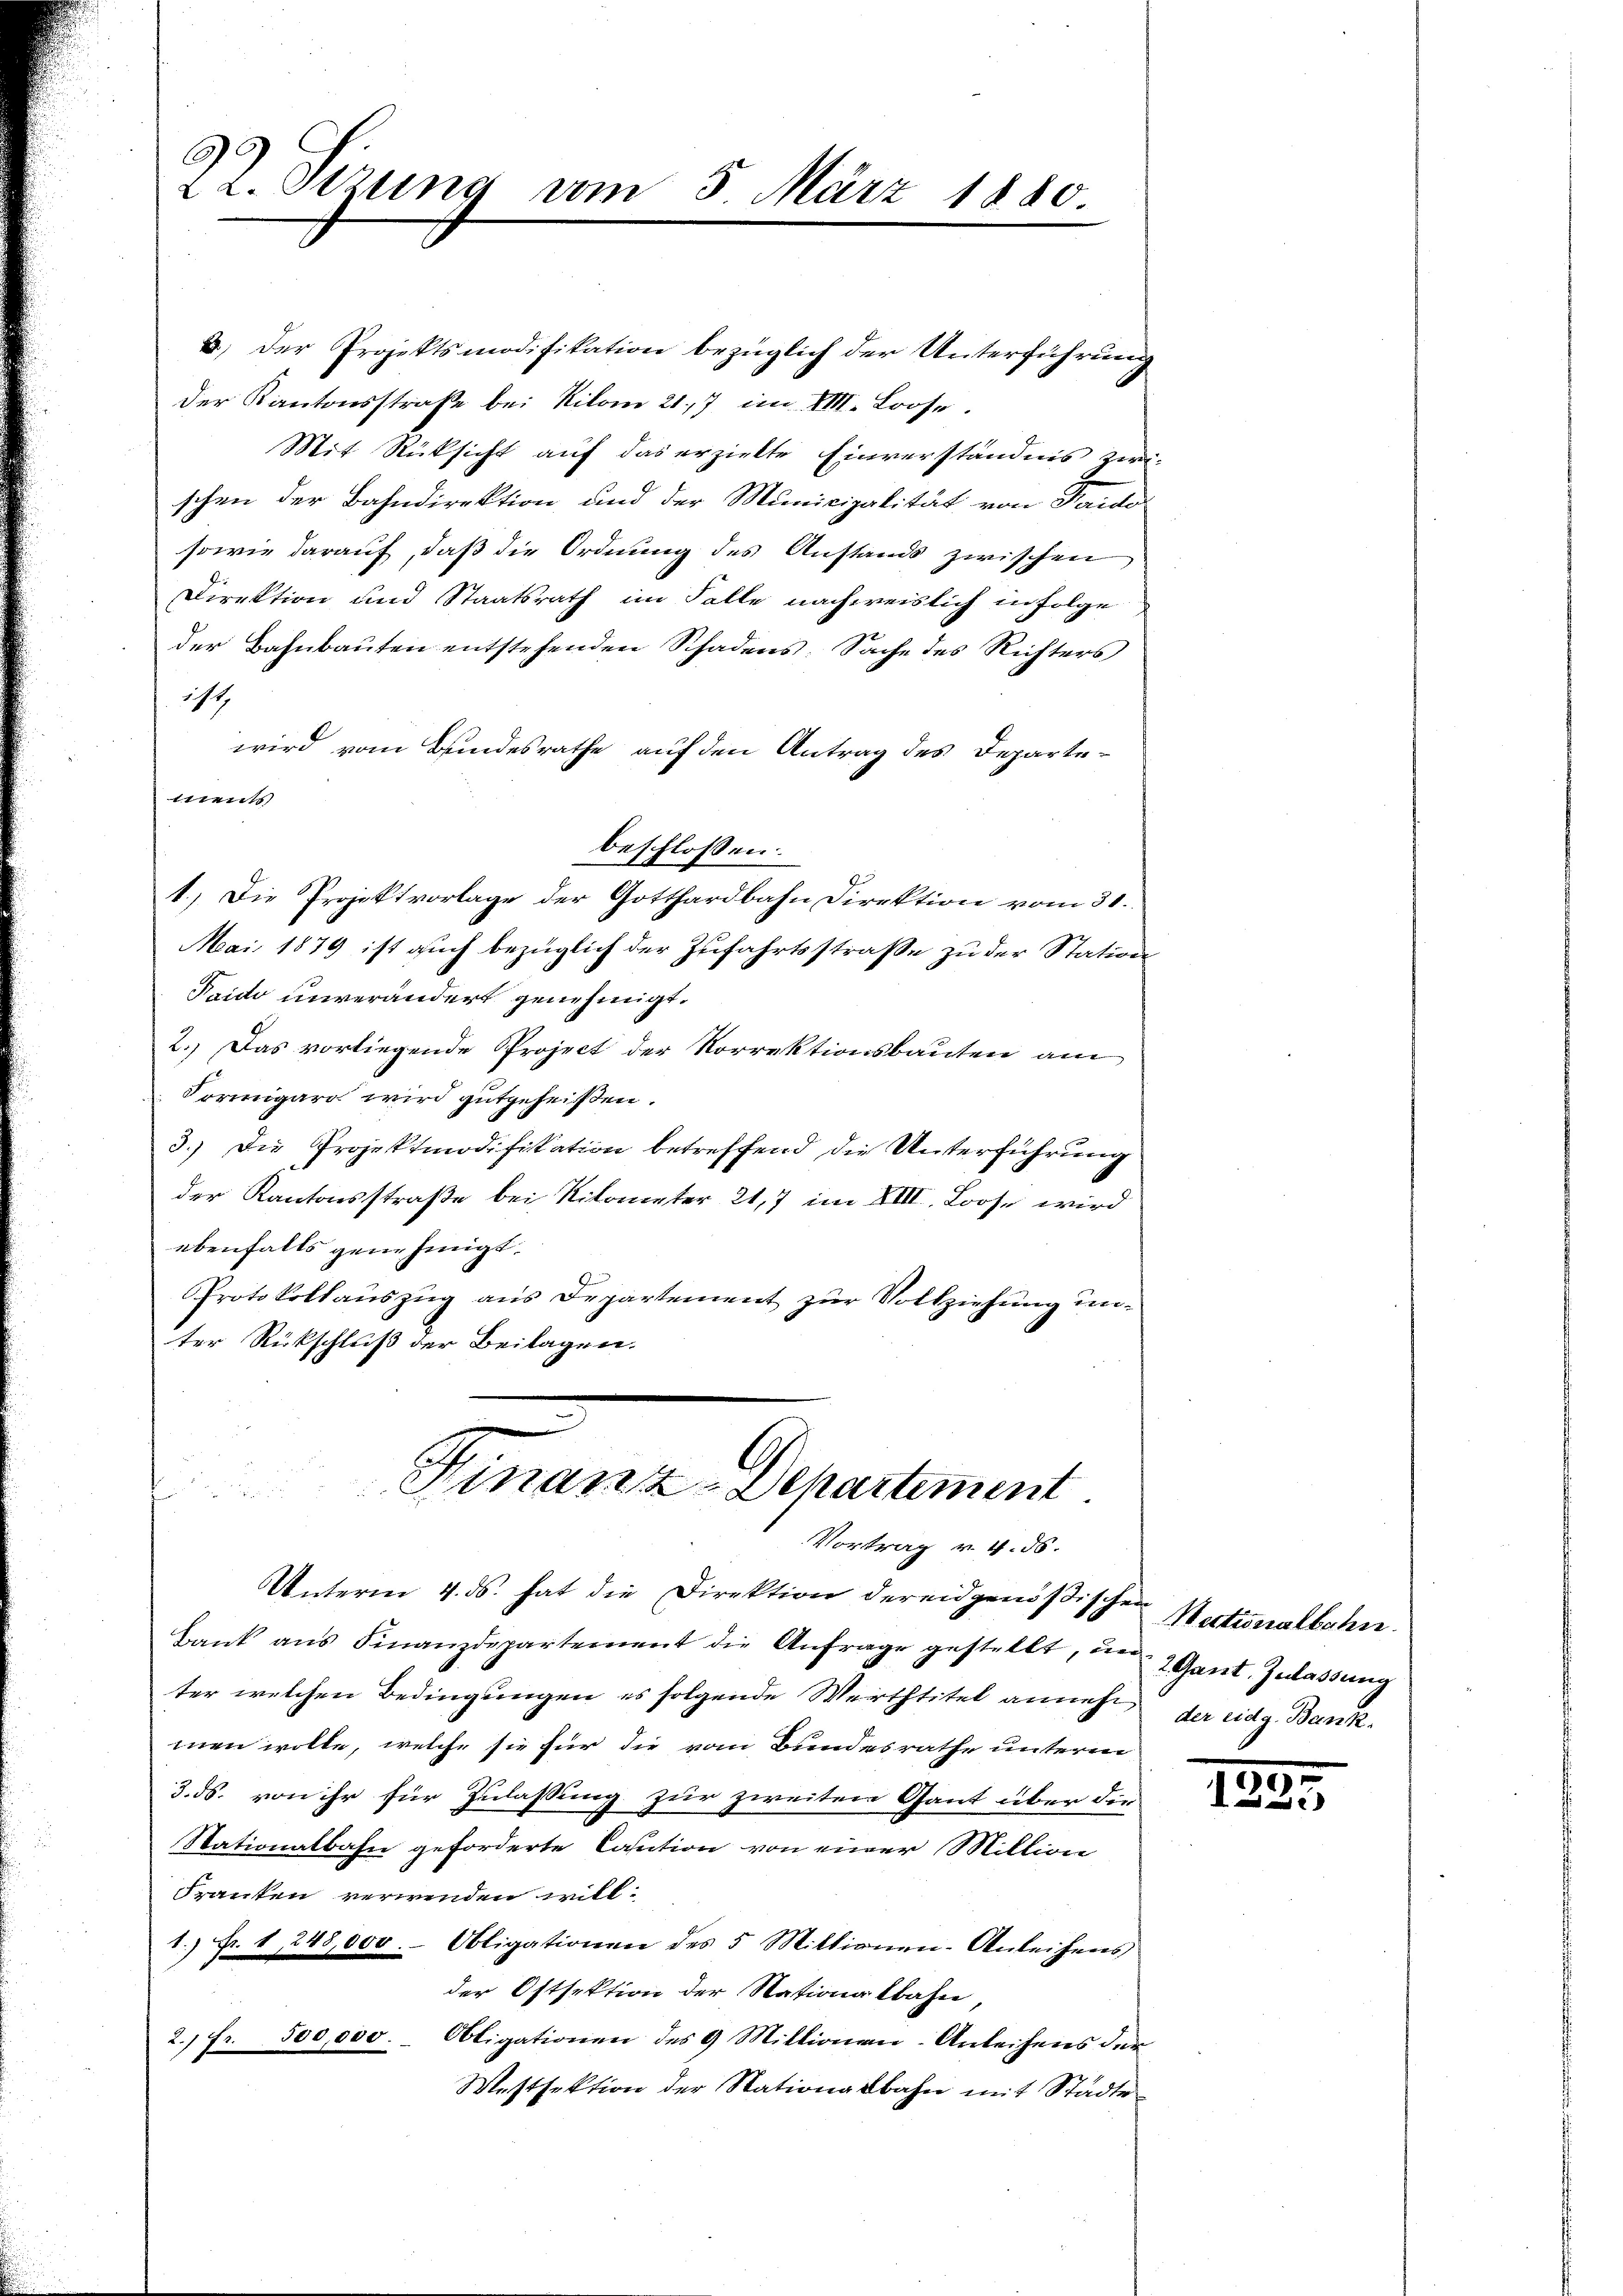
3.) Der Projektsmodifikation bezüglich der Unterführung
Der Kantonsstraße bei Kilom 217 im VIII. Loose.
Mit Rücksicht auf das erzielte Einverständnis zwischen der Bahndirektion und der Municipalität von Sard.
sowie darauf, daß die Ordnung des Anstands zwischen
Direktion und Staatsrath im Falle nachweislich in Folge
der Bahnbauten entstehenden Schadens. Sache des Richters
14
wird vom Bundesrathe auf den Antrag des Departements
1.) Die Projektvorlage der Gotthardbahn Direktion vom 31.
Mai 1879 ist auch bezüglich der Zufahrtsstraße zu der Station
Paido unverändert genehmigt.
2.) Das vorliegende Project der Korrektionsbauten am
Formigaro wird gutgeheißen.
3.) Die Projektmodifikation betreffend die Unterführung
der Kantonsstraße bei Nilometer 21,7 im XIII. Loose wird
ebenfalls genehmigt.
Protokollauszug aus Departement zur Vollziehung unter Rückschluß der Beilagen.

C
22. Stzung vom 3. März 1880

beschlossen:

Finanz-Departement
Vortrag v. 4. 56.

Unterm 4. ds. hat die Direktion der eidgenößischen Nationalbahn.
Bank ans Finanzdepartement die Anfrage gestellt, um 2 Gant. Zulassung
ter welchen Bedingungen es folgende Werthtitel annehm der eidg. Bank-
men wolle, welche sie für die vom Bundesrathe unterm
3. ds. von ihr für Zulassung zur zweiten Gant über die
Stationalbahn geforderte Caution von einer Million
Franken verwinden will.
1.) Fr. 1 248,000.- Obligationen des 5 Mittionen-Anleihens
der Ostsektion der Nationalbahn,
2. fr. 500,000.- Obligationen des 9 Millionen-Anleihens der
Westsektion der Stationalbahn mit Städte

129